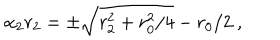
\alpha _ { 2 } r _ { 2 } = \pm \sqrt { r _ { 2 } ^ { 2 } + { r _ { 0 } ^ { 2 } / 4 } } - r _ { 0 } / 2 \ ,